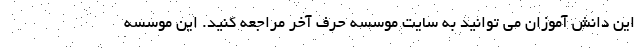
این دانش آموزان می توانید به سایت موسسه حرف آخر مراجعه کنید. این موسسه